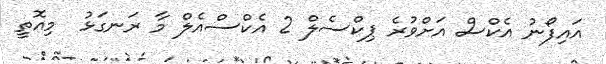
އައިފޯނު އެކްސް އަށްވުރެ ޕިކްސެލް 2 އެކްސްއެލް މާ ރަނގަޅު  މިއޮތީ